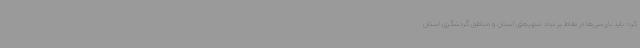
کرد: باید بازرسی‌ها در نقاط پر تردد شهرهای استان و مناطق گردشگری استان